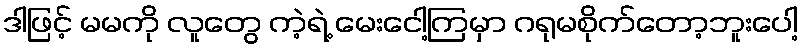
ဒါဖြင့် မမကို လူတွေ ကဲ့ရဲ့ မေးငေါ့ကြမှာ ဂရုမစိုက်တော့ဘူးပေါ့